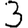
Digit: 3